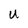
Character: U